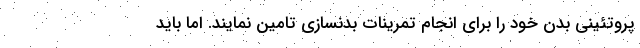
پروتئینی بدن خود را برای انجام تمرینات بدنسازی تامین نمایند. اما باید